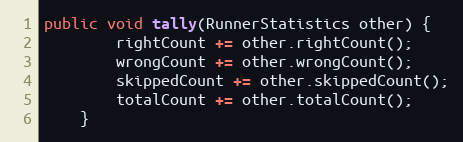
Language: Java
public void tally(RunnerStatistics other) {
        rightCount += other.rightCount();
        wrongCount += other.wrongCount();
        skippedCount += other.skippedCount();
        totalCount += other.totalCount();
    }